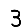
Digit: 3